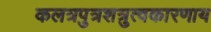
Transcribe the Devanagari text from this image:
कलत्रपुत्रशत्रुत्वकारणाय